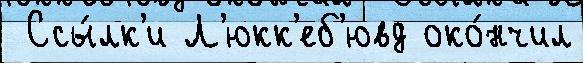
 Ссы́лк'и Л'юкк'еб'ювд око́нчил